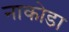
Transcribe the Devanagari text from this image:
नाकोडा